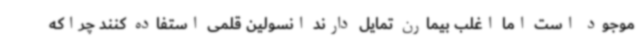
موجود است اما اغلب بیمارن تمایل دارند انسولین قلمی استفاده کنند چراکه